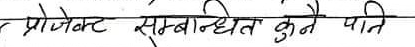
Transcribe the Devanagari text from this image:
र प्रोजेक्ट सम्बन्धित कुनै पनि